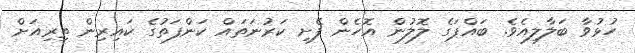
ހުޅުވާ ބަލާލިއެވެ. ބައްޕަގެ ލޮލުން އޮހެން ފެށި ކަރުނަތައް ކަންފަތުގެ ކައިރިން ތިރިއަށް